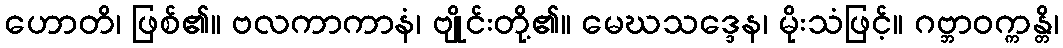
ဟောတိ၊ ဖြစ်၏။ ဗလကာကာနံ၊ ဗျိုင်းတို့၏။ မေဃသဒ္ဒေန၊ မိုးသံဖြင့်။ ဂဗ္ဘာဝက္ကန္တိ၊